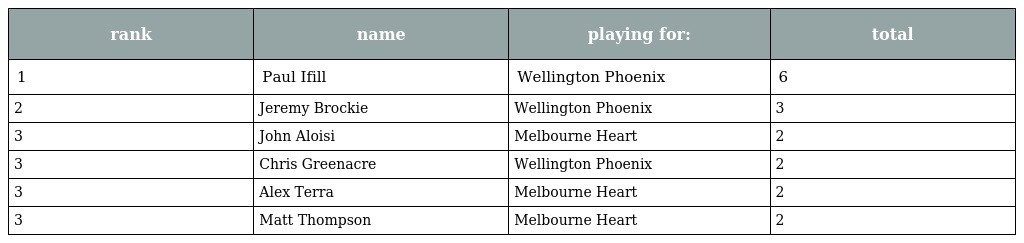
| rank | name | playing for: | total |
 | --- | --- | --- | --- |
 | 1 | Paul Ifill | Wellington Phoenix | 6 |
 | 2 | Jeremy Brockie | Wellington Phoenix | 3 |
 | 3 | John Aloisi | Melbourne Heart | 2 |
 | 3 | Chris Greenacre | Wellington Phoenix | 2 |
 | 3 | Alex Terra | Melbourne Heart | 2 |
 | 3 | Matt Thompson | Melbourne Heart | 2 |